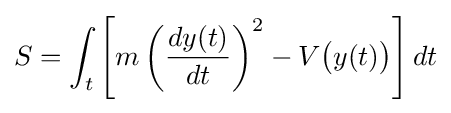
S=\int _{t}\left[m\left({\frac {dy(t)}{dt}}\right)^{2}-V{\big (}y(t){\big )}\right]dt